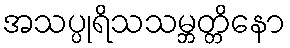
အသပ္ပုရိသသမ္ဘတ္တိနော